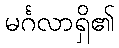
မင်္ဂလာရှိ၏